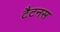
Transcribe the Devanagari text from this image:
टैटनस